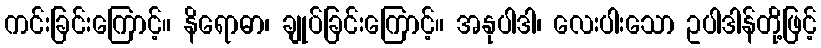
ကင်းခြင်းကြောင့်။ နိရောဓာ၊ ချုပ်ခြင်းကြောင့်။ အနုပါဒါ၊ လေးပါးသော ဥပါဒါန်တို့ဖြင့်